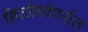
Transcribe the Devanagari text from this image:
निळोबांपर्यंत